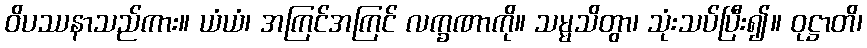
ဝိပဿနာသည်ကား။ ယံယံ၊ အကြင်အကြင် လက္ခဏာကို။ သမ္မသိတွာ၊ သုံးသပ်ပြီး၍။ ဝုဋ္ဌာတိ၊